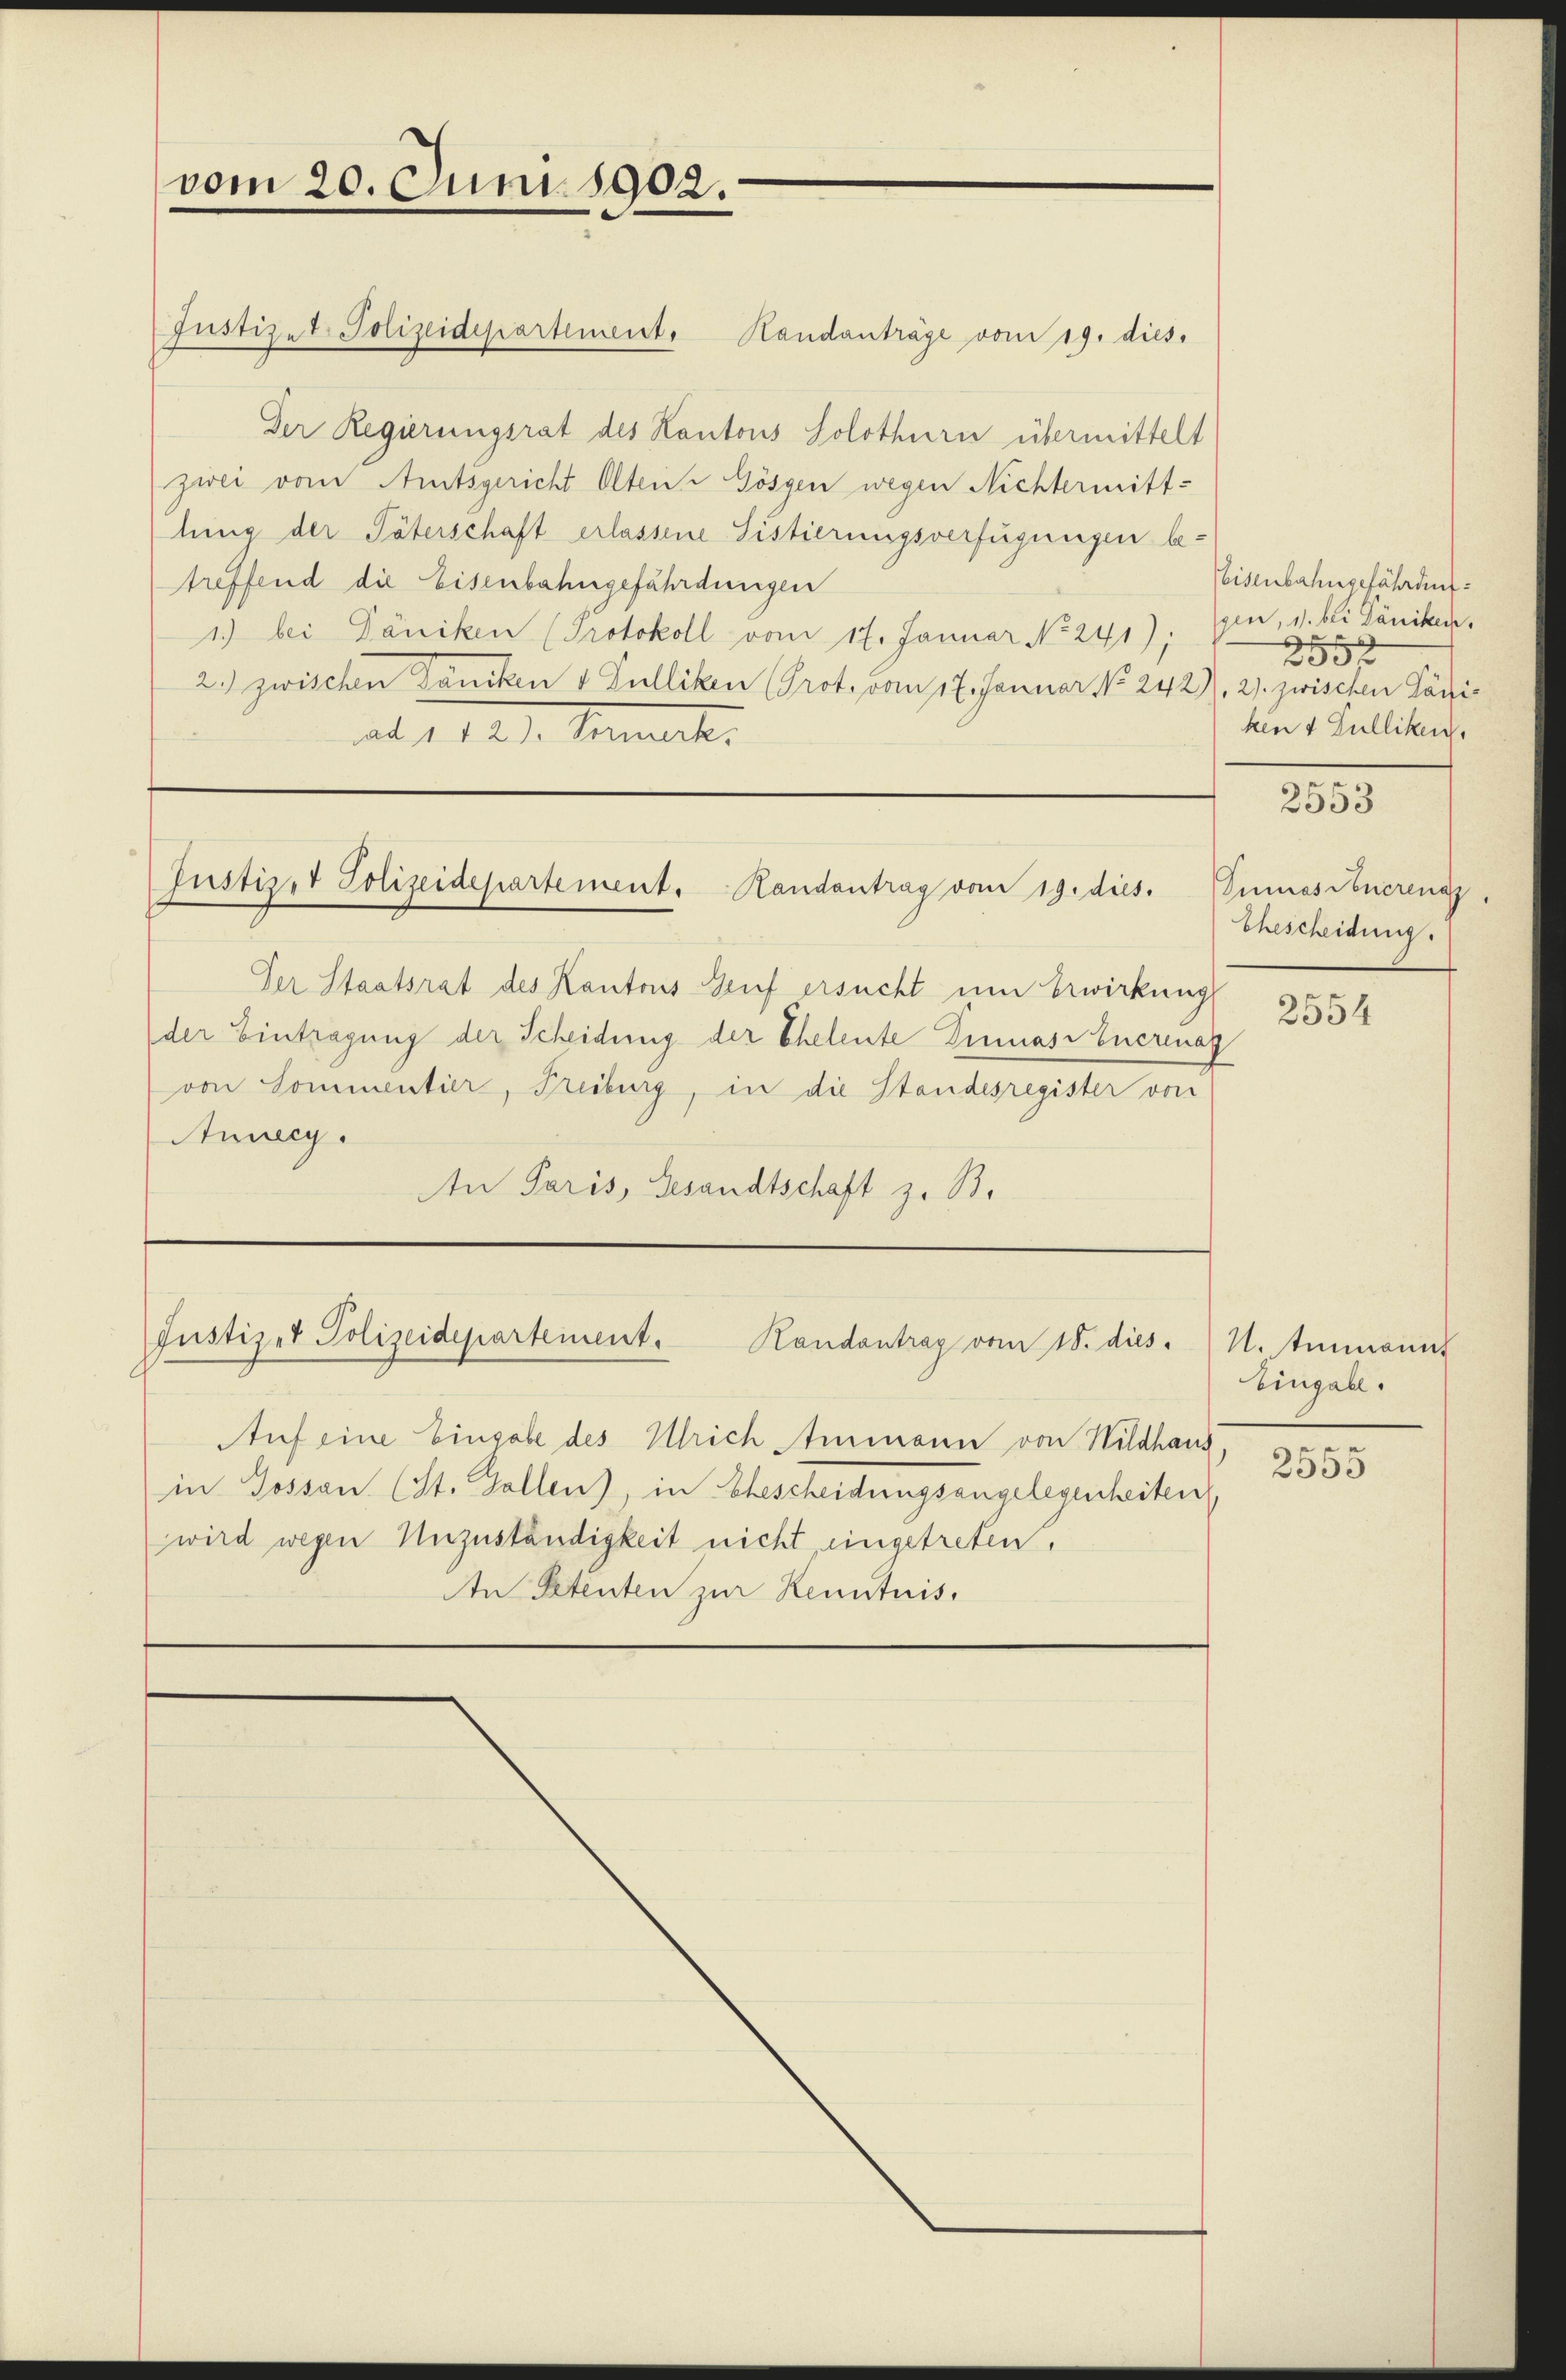
vom 20. Juni 1902.

Justizet Polizeidepartement. Handanträge vom 19. dies.
Der Regierungsrat des Kantons Solothurn übermittelt
zwei vom Amtsgericht Olten - Gösgen wegen Nichtermittlung der Täterschaft erlassene Fistierungsverfügungen betreffend die Eisenbahngefährdungen
1) bei Däniken (Protokoll vom 17. Januar No. 241); Du, d. bei Däniken,
2.) zwischen Dancken v Fulliken (Prot. vom 17. Januar No. 2427), 21. zwischen Pächtiad 1. 121. Mart.

Der Staatsrat des Kantons Genf ersucht um Erwirkung
der Eintragung der Scheidung der Eheleute Einnasibuerinaz
von Sommentier, Freiburg, in die Standesregister von
Auweg.
An Paris, Gesandtschaft z. B.

Justiz & Polizeidepartement. Handantrag vom 19. dies. Einnas Feuerenz

Justizet Polizeidepartement. Kandantrag vom 18. dies

Auf eine Eingabe des Ulrich Ammann von Wildhaus
in Gossen (St. Gallen), in Ehescheidungsangelegenheiten,
wird wegen Unzuständigkeit nicht, eingetreten,
An Petenten zur Kenntnis.

eisenbahngefährden.
¬
633 x
ken 4 Fulliken,

2553

Ehescheidung.

2554

U. tenannt
Eingabe.
2555